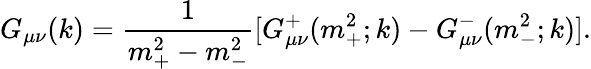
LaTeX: G_{\mu\nu}(k)={\frac{1}{m_{+}^{2}-m_{-}^{2}}}[G_{\mu\nu}^{+}(m_{+}^{2};k)-G_{\mu\nu}^{-}(m_{-}^{2};k)].